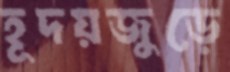
হূদয়জুড়ে